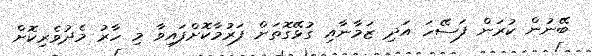
ބޭނުން ކުރަން ފަސޭހަ އަދި ޒަމާނާއި ގުޅޭގޮތަށް ފަރުމާކޮށްފައިވާ މި ހާރު މެދުވެރިކޮށް